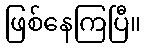
ဖြစ်နေကြပြီ။